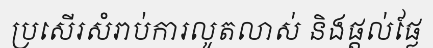
ប្រសើរសំរាប់ការលូតលាស់ និងផ្តល់ផ្លែ